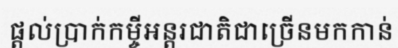
ផ្តល់ប្រាក់កម្ចីអន្តរជាតិជាច្រើនមកកាន់